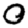
Digit: 0